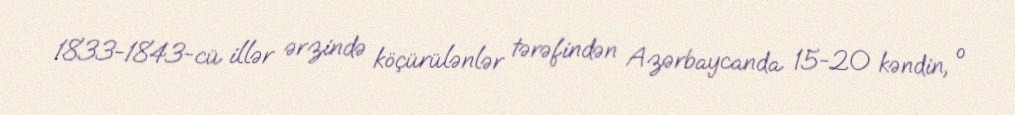
1833-1843-cü illər ərzində köçürülənlər tərəfindən Azərbaycanda 15-20 kəndin, o